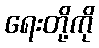
ရေးတို့ကို